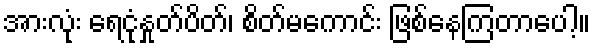
အားလုံး ရေငုံနှုတ်ပိတ်၊ စိတ်မကောင်း ဖြစ်နေကြတာပေါ့။